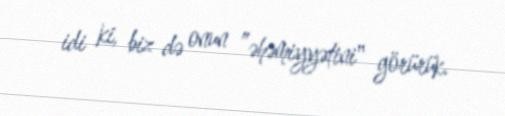
idi ki, biz də onun ”əhəmiyyətini" görürük.